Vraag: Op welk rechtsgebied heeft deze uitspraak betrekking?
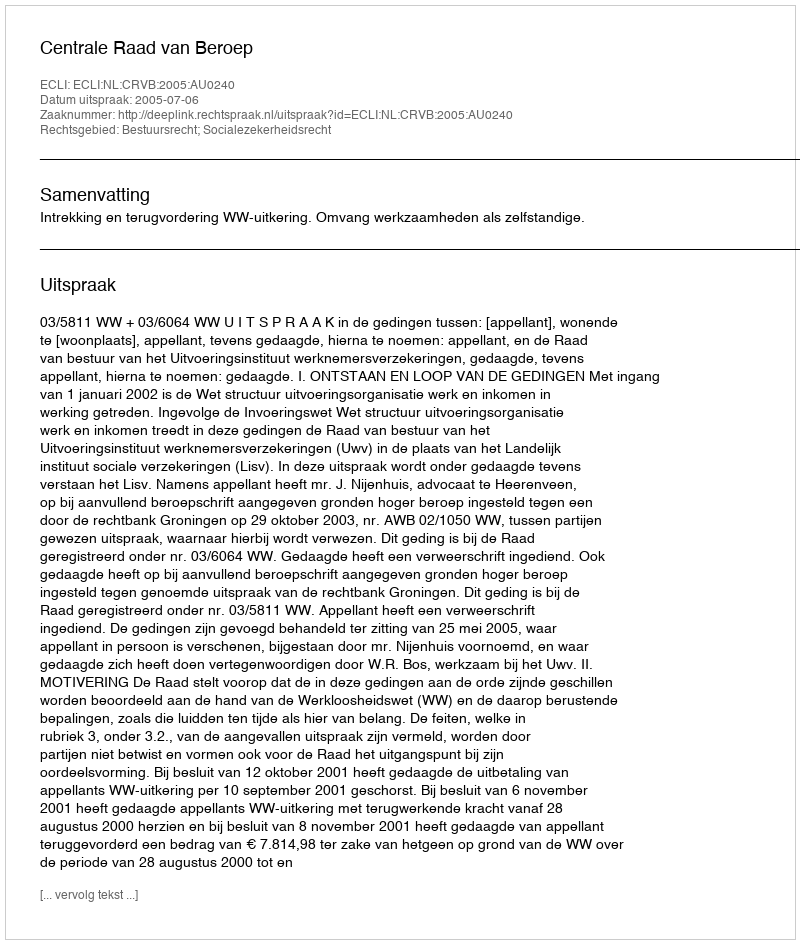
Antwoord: Bestuursrecht; Socialezekerheidsrecht